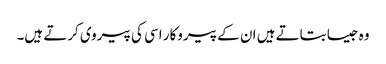
وہ جیسا بتاتے ہیں ان کے پیروکار اسی کی پیروی کرتے ہیں۔